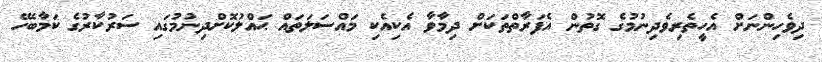
ދިވެހިންނަށް އެހީތެރިވެދިނުމުގެ ގޮތުން އެފަރާތްތަކަށް ދިމާވާ އެކިއެކި މައްސަލަތައް ޙައްލުކޮށްދިނުމުގައި ސަރުކާރުގެ ކަމާބެހޭ